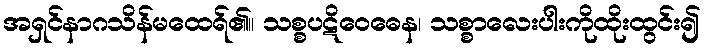
အရှင်နာဂသိန်မထေရ်၏။ သစ္စပဋိဝေဓေန၊ သစ္စာလေးပါးကိုထိုးထွင်း၍